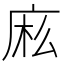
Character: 𰏷